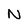
Character: N